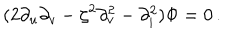
( 2 \partial _ { u } \partial _ { v } - \zeta ^ { 2 } \partial _ { v } ^ { 2 } - \partial _ { i } ^ { 2 } ) \Phi = 0 \, .